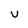
Character: v